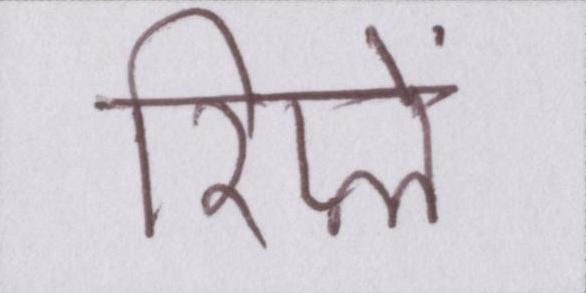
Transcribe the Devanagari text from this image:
रिप्ले